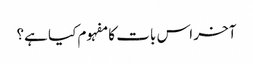
آخر اس بات کا مفہوم کیا ہے؟